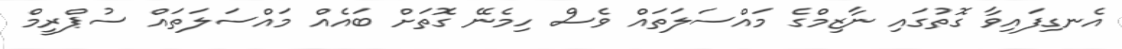
އެނގިފައިވާ ގޮތުގައި ނާޒިމްގެ މައްސަލަތައް ވެސް ހިމެނޭ ގޮތަށް ބައެއް މައްސަލަތައް ސުޕްރީމް